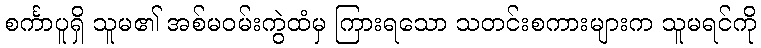
စင်္ကာပူရှိ သူမ၏ အစ်မဝမ်းကွဲထံမှ ကြားရသော သတင်းစကားများက သူမရင်ကို